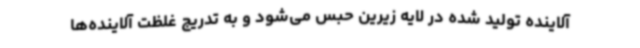
آلاینده تولید شده در لایه زیرین حبس می‌شود و به تدریج غلظت آلاینده‌ها